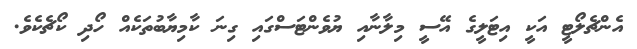
އެންޗެލޯޓީ އަކީ އިޓަލީގެ އޭސީ މިލާނާއި ޔުވެންޓަސްގައި ގިނަ ކާމިޔާބުތަކެއް ހޯދި ކޯޗެކެވެ.